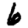
Digit: 6